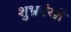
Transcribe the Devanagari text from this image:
शुभ्रपंखी